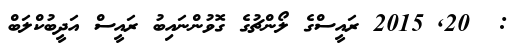
:  20